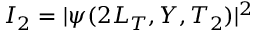
I _ { 2 } = | \psi ( 2 L _ { T } , Y , T _ { 2 } ) | ^ { 2 }